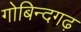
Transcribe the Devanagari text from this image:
गोबिन्दगढ़